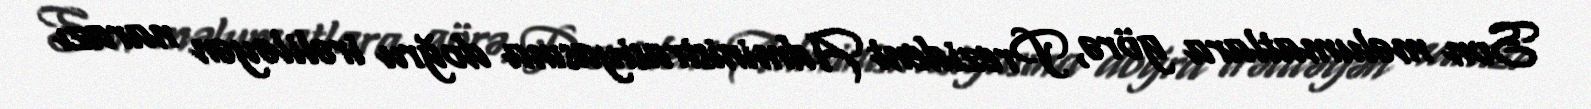
Son məlumatlara görə, Prezident Administrasiyasına doğru irəliləyən narazı